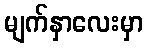
မျက်နှာလေးမှာ